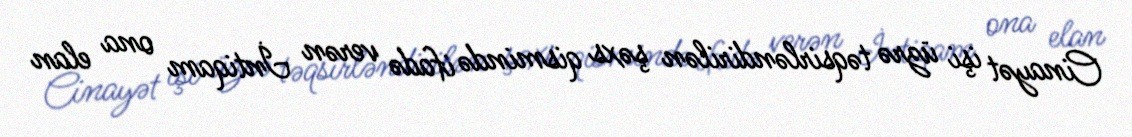
Cinayət işi üzrə təqsirləndirilən şəxs qismində ifadə verən İntiqam ona elan